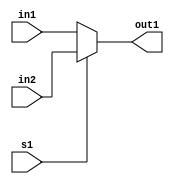
module lab4_2(in1,in2,s1,out1);

input [7:0] in1,in2;
input s1;
output[7:0] out1;

assign out1 = (s1) ? in2:in1; 
endmodule